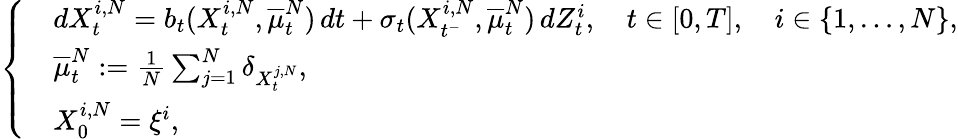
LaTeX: \left\{ \begin{array}{lll}&{dX_{t}^{i,N}=b_{t}(X_{t}^{i,N},\overline{{\mu}}_{t}^{N})\, dt+\sigma_{t}(X_{t^{-}}^{i,N},\overline{{\mu}}_{t}^{N})\, dZ_{t}^{i},\quad t\in[0,T],\quad i\in\{ 1,\dots,N\} ,}\\ &{\overline{{\mu}}_{t}^{N}:=\frac{1}{N}\sum_{j=1}^{N}\delta_{X_{t}^{j,N}},}\\ &{X_{0}^{i,N}=\xi^{i},}\end{array}\right.